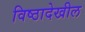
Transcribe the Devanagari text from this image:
विष्ठादेखील